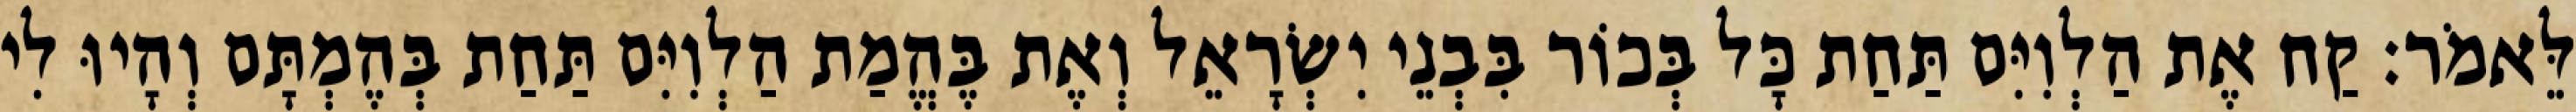
לֵּאמֹר׃ קַח אֶת הַלְוִיִּם תַּחַת כָּל בְּכוֹר בִּבְנֵי יִשְׂרָאֵל וְאֶת בֶּהֱמַת הַלְוִיִּם תַּחַת בְּהֶמְתָּם וְהָיוּ לִי